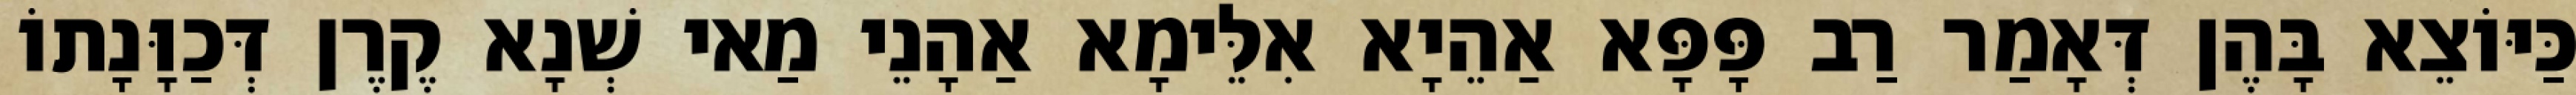
כַּיּוֹצֵא בָּהֶן דְּאָמַר רַב פָּפָּא אַהֵיָא אִלֵּימָא אַהָנֵי מַאי שְׁנָא קֶרֶן דְּכַוָּנָתוֹ